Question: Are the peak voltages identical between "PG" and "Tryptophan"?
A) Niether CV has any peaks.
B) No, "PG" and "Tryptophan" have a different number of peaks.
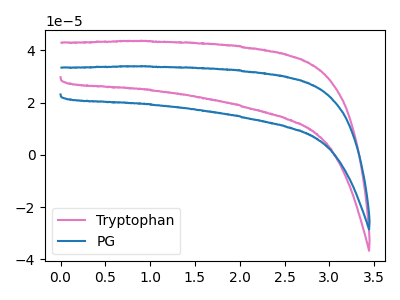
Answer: <think>The pink curve "Tryptophan" has no peaks. The blue curve "PG" has no peaks.</think>
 <answer>A) Niether CV has any peaks.</answer>
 <eval>A</eval>